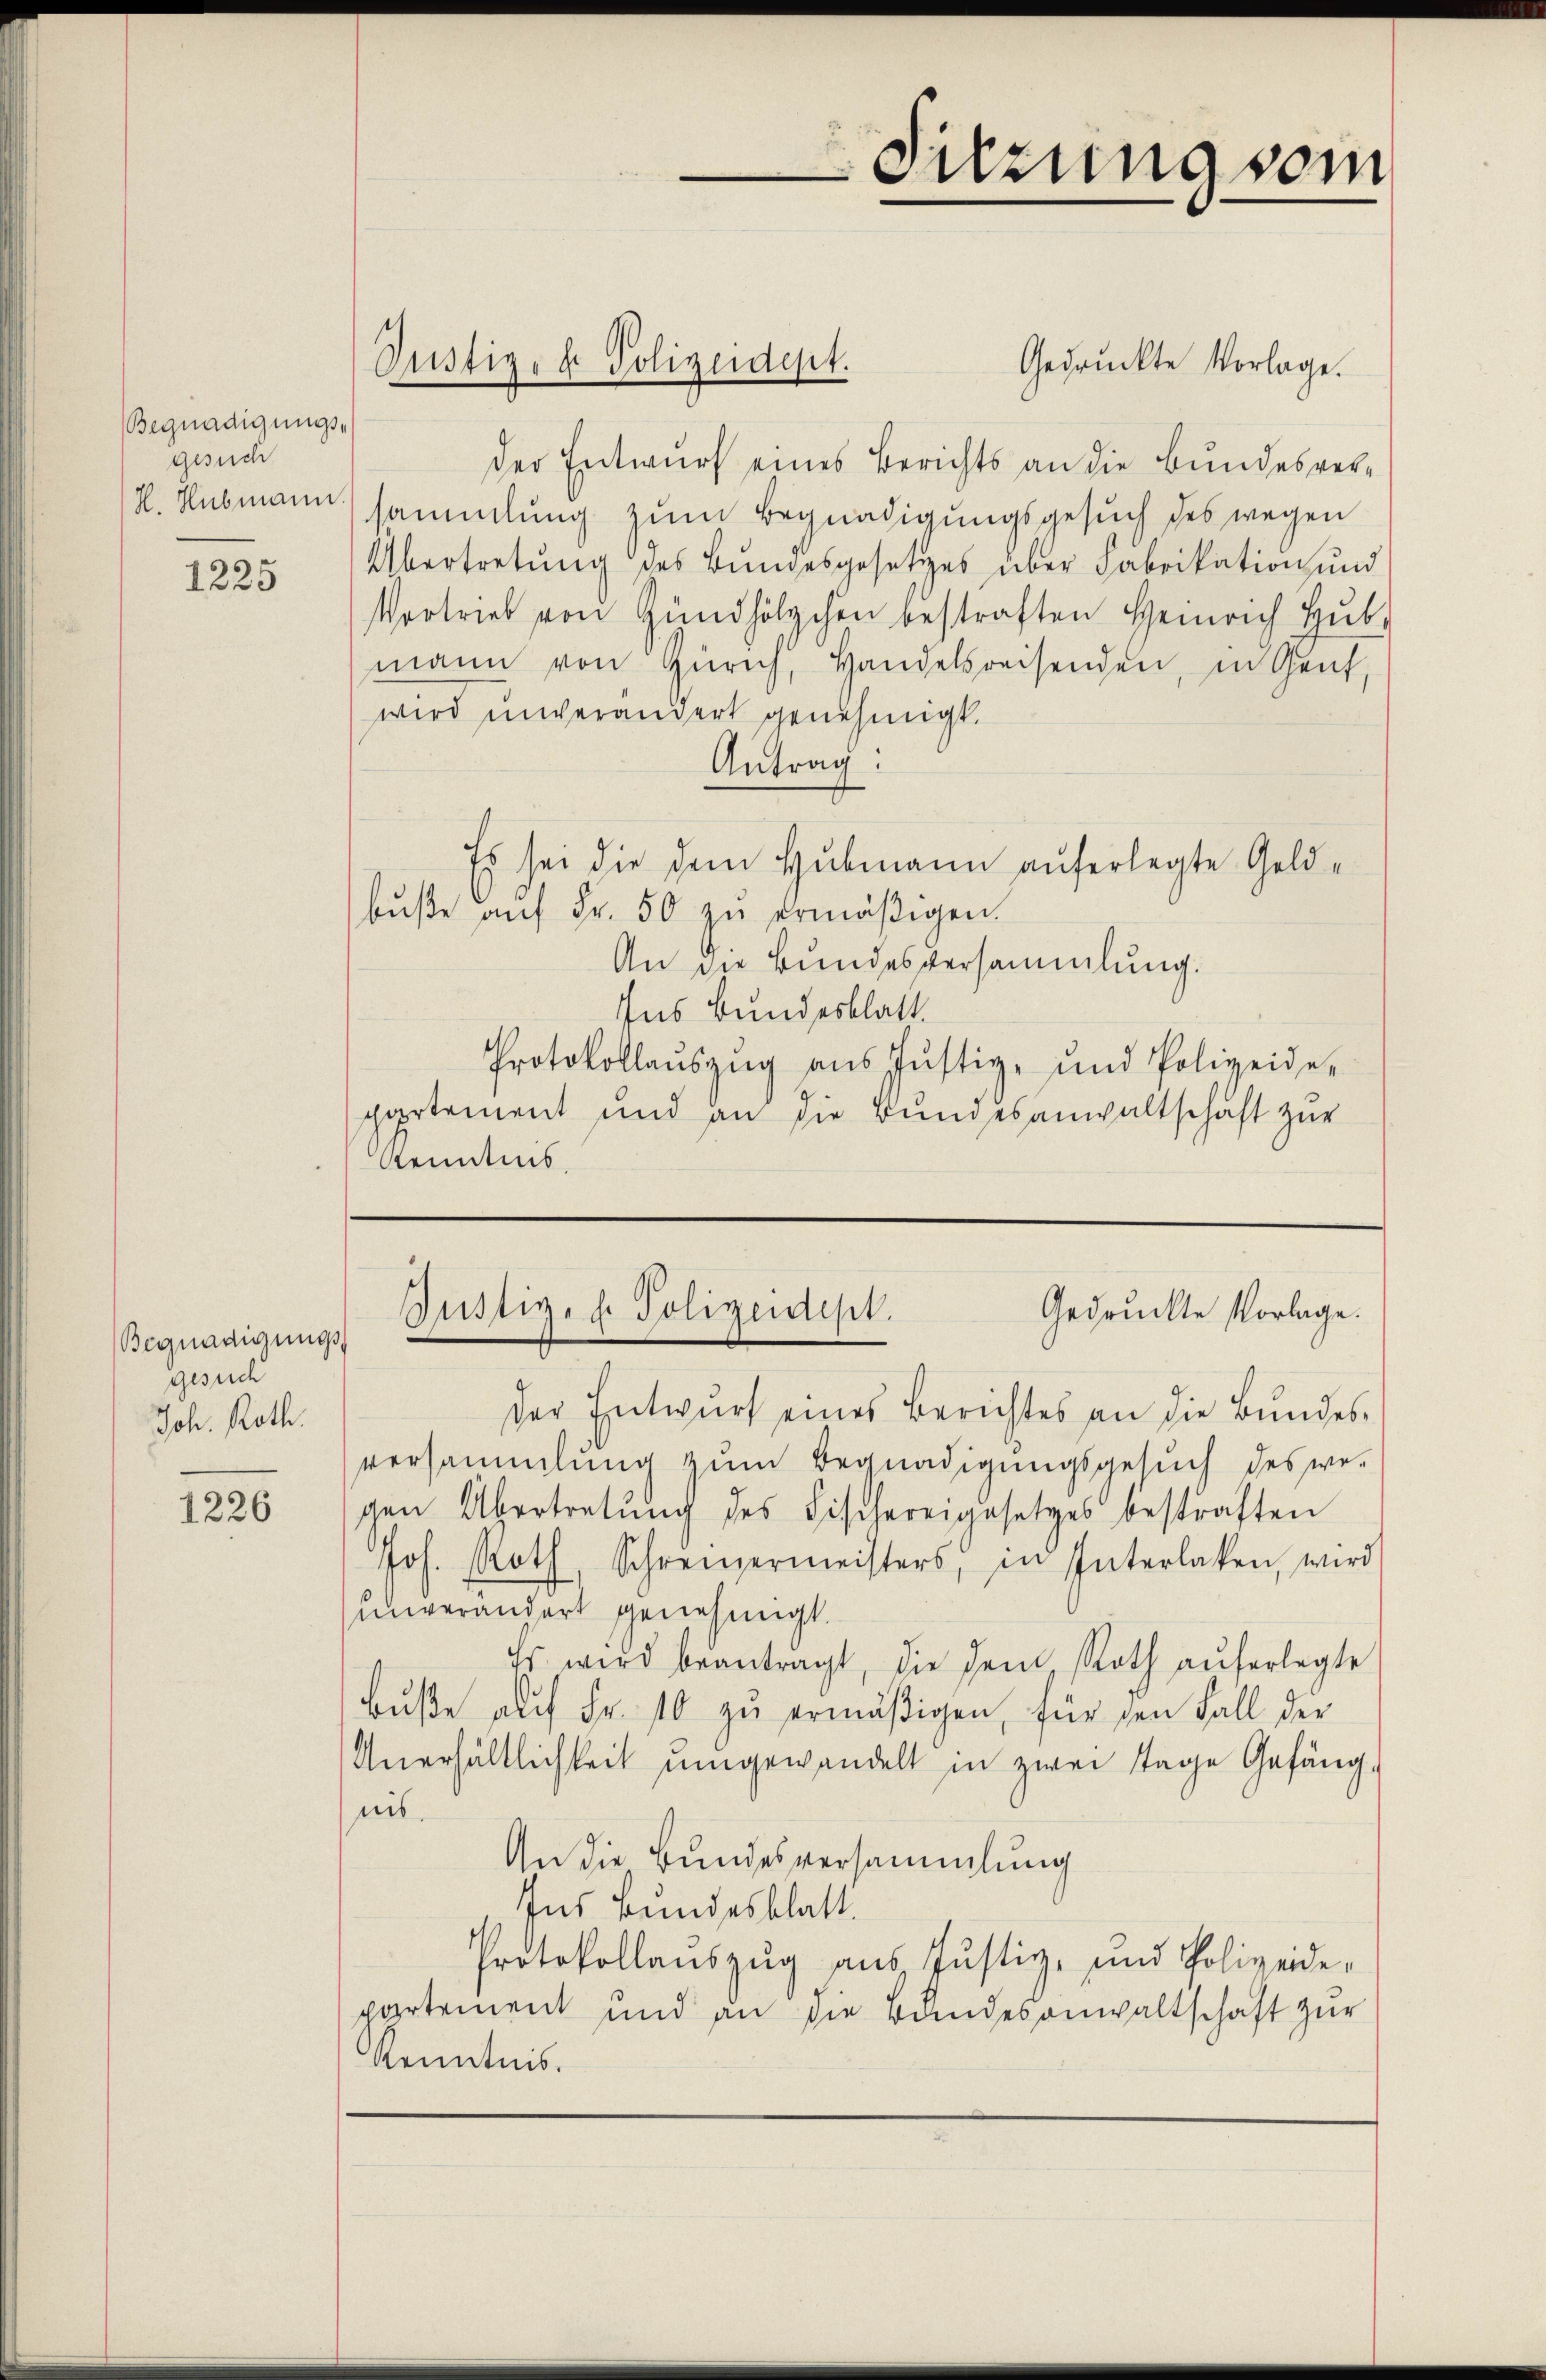
Begnadigungsgesuch
H. Hubmann.

1225

Begnadigungs
gesuch
Joh. Roth.

1226

Gedruckte Vorlage.
der Entwurf eines Berichts an die Bundesversammlung zum Begnadigungsgesuch des wegen
Übertretung des Bundesgesetzes über Fabrikation und
Vortrieb von Zündhölzchen bestraften Heinrich Hub
mann von Zürich, Handelsreisenden, in Gent,
wird unverändert genehmigt.
Antrag:
Es sei die dem Hubmann auferlegte Geldbŭβe aŭf Fr. 50 zŭ ermäßigen.
An die Bundesversammlung.
Ins Bundesblatt.
Protokollaŭszŭg ans Justiz- und Polizeide-
gartement und an die Bundesanwaltschaft zur
Kenntnis

Justiz- & Polizeidept.

Sitzung som

Gedruckte Vorlage.
Justiz- & Polizeidept.

Der Entwurf eines Berichtes an die Bundes-
versammlung zum Begnadigungsgesuch des we-
gen Übertretŭng des Fischereigesetzes bestraften
Joh. Roth, Schreizermeisters, in Interlaken, wird
unverändert genehmigt.
Es wird beantragt, die dem Roth aŭferlegte
Buße auf Fr. 10 zu ermäßigen, für den Fall der
Anerhältlichkeit umgewandelt in zwei Tage Gefängnis.
An die Bundesversammlung
Ins Bundesblatt.
Protokollauszug aus Justiz- und Polizeide,
partement und an die Bŭndesanwaltschaft zur
Kenntnis.